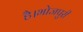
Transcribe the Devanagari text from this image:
है।भोजपुरी